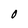
Character: O